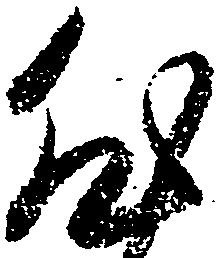
然